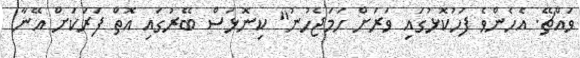
ވައްޗޭ. އެހެންވެ ފަހުކޮޮޅުގައި ވަރަށް ހަމަޖެހުނު" ކިނޮޅަސް ބޭރުގައި އޮތް ފަރަކަށް އޭނާ